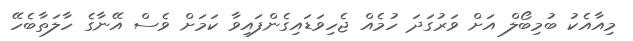
މިއާއެކު ބުމިބޯލް އަށް ވަރުގަދަ ހުމެއް ޖެހިވަޑައިގެންފައިވާ ކަމަށް ވެސް އޭނާގެ ހާލަތާބެހޭ